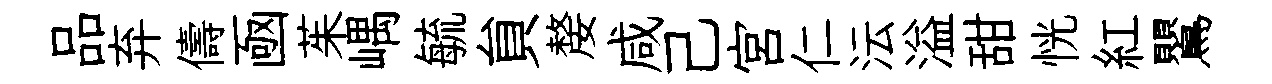
品弃儔凾茱嵎毓貟嫠咸己宮仁沄溢甜恍紅鸎